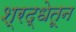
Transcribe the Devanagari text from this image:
श्रद्धेतून